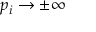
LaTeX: p _ { i } \to \pm \infty